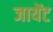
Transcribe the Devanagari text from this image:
जायेंट